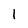
Character: l